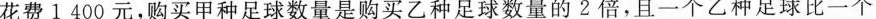
花费1400元，购买甲种足球数量是购买乙种足球数量的2倍，且一个乙种足球比一个